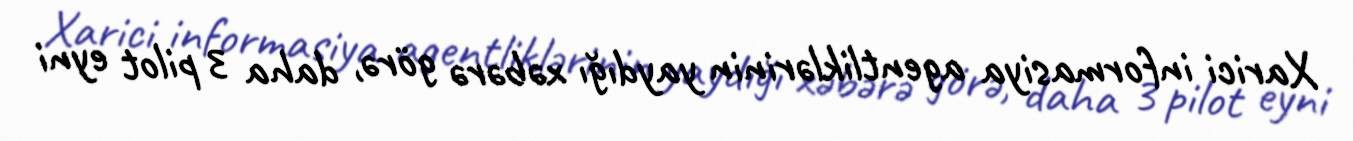
Xarici informasiya agentliklərinin yaydığı xəbərə görə, daha 3 pilot eyni